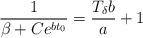
LaTeX: \begin{align*}\frac{1}{\beta + Ce^{bt_0}} = \frac{T_{\delta}b}{a} + 1\end{align*}